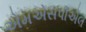
એમએસપીએલ